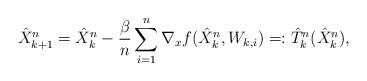
LaTeX: \begin{align*}\hat X_{k+1}^n = \hat X_k^n - \frac{\beta}{n}\sum_{i=1}^n\nabla_x f(\hat X_k^n,W_{k,i}) =:\hat T^n_k( \hat X_k^n),\end{align*}